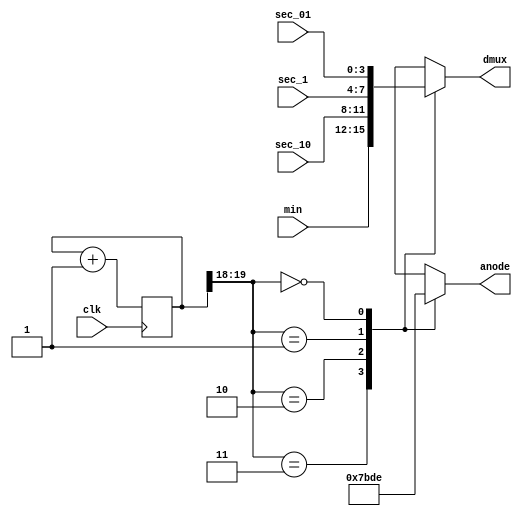
// A 4 to 1 mux used in a stopwatch and modified for Pong.

module mux(dmux,anode,min,sec_10,sec_1,sec_01,clk);
    output reg [3:0]dmux, anode;
    input [3:0] min,sec_10,sec_1,sec_01;
    input       clk;
    
    parameter   ref = 19;
    reg [ref:0] s,ns;
    
    always @ (posedge clk) begin
        s<=ns;
    end
    
    always @ (s) begin
        ns = s+1;
     end
    
    always @ (s,min,sec_10,sec_1,sec_01)
    begin
        case(s[ref:ref-1])
        2'b11:  begin dmux = min; anode = 4'b0111;end
        2'b10:  begin dmux = sec_10; anode = 4'b1011;end
        2'b01:  begin dmux = sec_1; anode = 4'b1101;end
        2'b00:  begin dmux = sec_01; anode = 4'b1110;end
        default: begin dmux = sec_01; anode = 4'b1111;end
        endcase
    end
   
endmodule